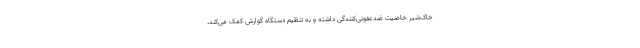
خاک‌شیر خاصیت ضدعفونی‌کنندگی داشته و به تنظیم دستگاه گوارش کمک می‌کند،